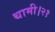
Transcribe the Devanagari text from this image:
थामी।२१